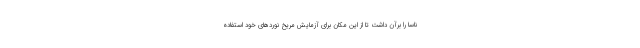
ناسا را برآن داشت تا از این مکان برای آزمایش مریخ نوردهای خود استفاده